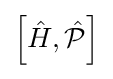
\left[{\hat {H}},{\hat {\mathcal {P}}}\right]